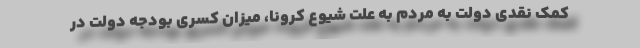
کمک نقدی دولت به مردم به علت شیوع کرونا، میزان کسری بودجه دولت در